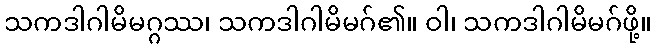
သကဒါဂါမိမဂ္ဂဿ၊ သကဒါဂါမိမဂ်၏။ ဝါ၊ သကဒါဂါမိမဂ်ဖို့။